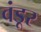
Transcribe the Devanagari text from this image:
वंडूर